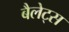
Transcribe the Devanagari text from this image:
बैलेट्स